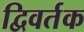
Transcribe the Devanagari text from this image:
द्विवर्तक